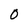
Character: O